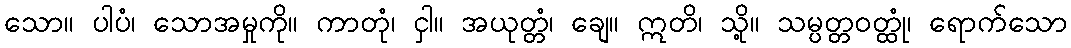
သော။ ပါပံ၊ သောအမှုကို။ ကာတုံ၊ ငှါ။ အယုတ္တံ၊ ချေ။ ဣတိ၊ သို့။ သမ္ပတ္တဝတ္ထုံ၊ ရောက်သော